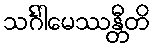
သင်္ဂါမေဿန္တီတိ